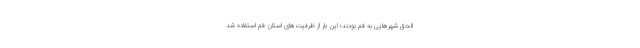
الحق شهرهایی به قم بودند؛ این بار از ظرفیت‌های‌ استان قم استفاده شد